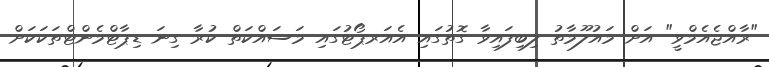
"ރާއްޖެއެމްވީ" އަށް މައުލޫމާތު ލިބިފައިވާ ގޮތުގައި އެއަރޕޯޓުގައި މަސައްކަތް ކުރާ ގިނަ ޑިޕާޓްމެންޓްތަކަކަށް